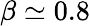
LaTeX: \beta\simeq 0.8